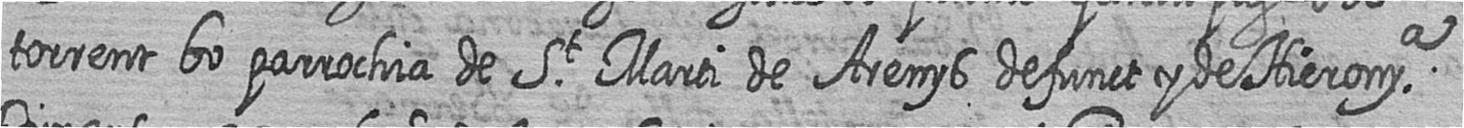
torrent bo parrochia de St Marti de Arenys defunct y de Hieronya